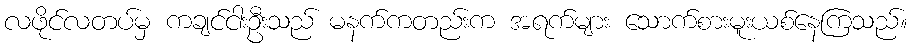
လဖိုင်လတပ်မှ ကချင်ငါးဦးသည် မနက်ကတည်းက အရက်များ သောက်စားမူးယစ်နေကြသည်။